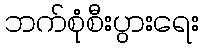
ဘက်စုံစီးပွားရေး